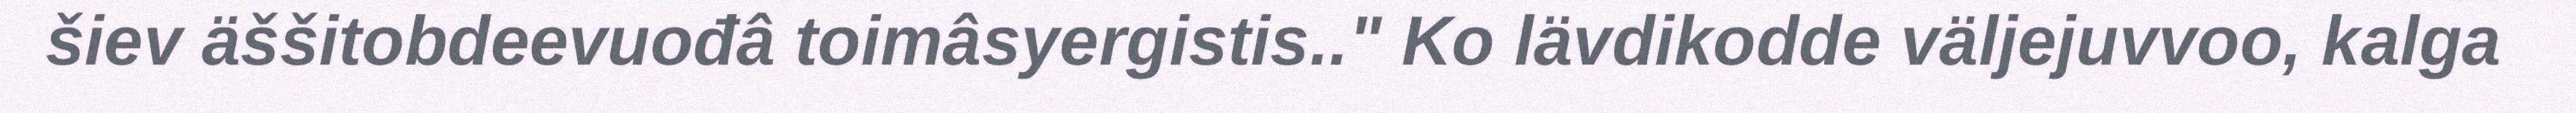
šiev äššitobdeevuođâ toimâsyergistis.." Ko lävdikodde väljejuvvoo, kalga